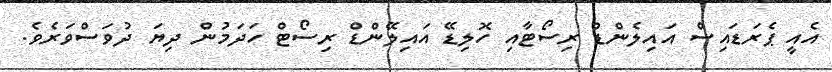
އެއީ ޕެރަޑައިސް އައިލެންޑް ރިސޯޓާއި ހޮލިޑޭ އައިލޭންޑް ރިސޯޓް ހަދަމުން ދިޔަ ދުވަސްވަރެވެ.